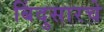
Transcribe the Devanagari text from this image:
बिंदुसारचे